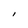
Character: i